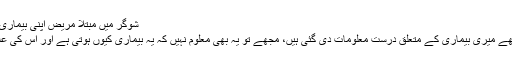
شوگر میں مبتلا مریض اپنی بیماری کے بارے میں کیا کہتے ہیں:
٭ …. مجھے نہیں لگتا کہ مجھے میری بیماری کے متعلق درست معلومات دی گئی ہیں، مجھے تو یہ بھی معلوم نہیں کہ یہ بیماری کیوں ہوتی ہے اور اس کی علامات کیا ہیں اور کیا نہیں ہیں۔